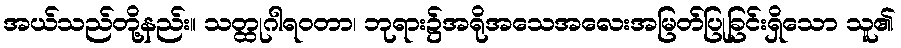
အယ်သည်တို့နည်း။ သတ္ထုဂါရဝတာ၊ ဘုရား၌အရိုအသေအလေးအမြတ်ပြုခြင်းရှိသော သူ၏